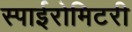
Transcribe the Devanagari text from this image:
स्पाईरोमिटरी